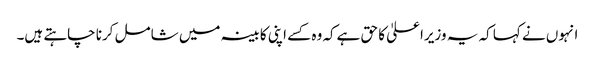
انہوں نے کہا کہ یہ وزیراعلیٰ کا حق ہےکہ وہ کسے اپنی کابینہ میں شامل کرنا چاہتے ہیں۔